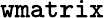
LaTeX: \mathtt{wmatrix}